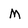
Character: M